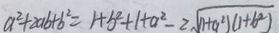
a ^ { 2 } + 2 a b + b ^ { 2 } = 1 + b ^ { 2 } + 1 + a ^ { 2 } - 2 \sqrt { ( 1 + a ^ { 2 } ) ( 1 + b ^ { 2 } ) }